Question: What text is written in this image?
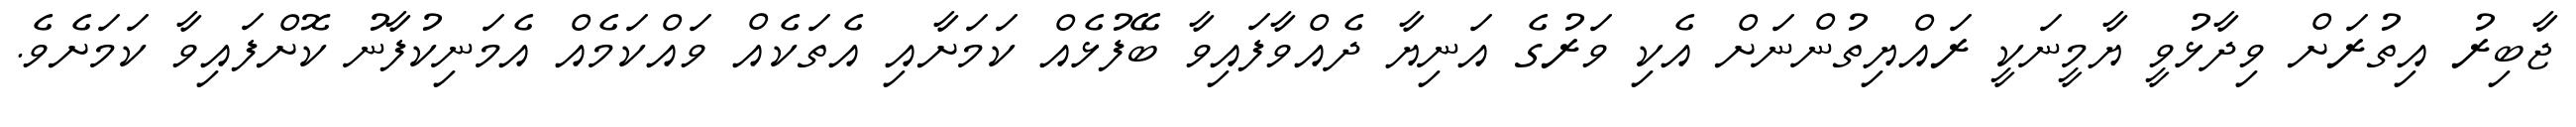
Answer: ޖާބިރު އިތުރަށް ވިދާޅުވީ ޔާމީނަކީ ރައްޔިތުންނަށް އެކި ވަރުގެ އަނިޔާ ދެއްވާފައިވާ ބޭފުޅެއް ކަމަށާއި އެތަކެއް ވައްކަމެއް އެމަނިކުފާނު ކޮށްފައިވާ ކަމަށެވެ.